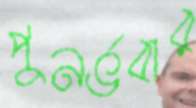
পুনর্ভবার